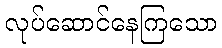
လုပ်ဆောင်နေကြသော